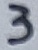
Text: 3